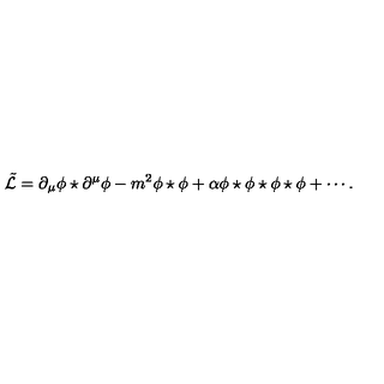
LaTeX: \tilde { \mathcal { L } } = \partial _ { \mu } \phi \star \partial ^ { \mu } \phi - m ^ { 2 } \phi \star \phi + \alpha \phi \star \phi \star \phi \star \phi + \cdots .